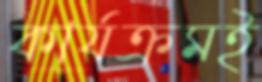
কার্যক্রমই